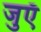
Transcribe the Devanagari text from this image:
जुएँ